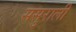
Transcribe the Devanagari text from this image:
ससुराली